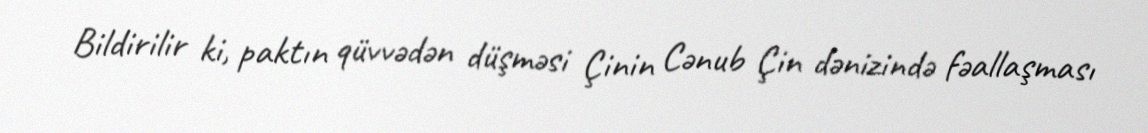
Bildirilir ki, paktın qüvvədən düşməsi Çinin Cənub Çin dənizində fəallaşması